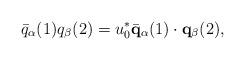
LaTeX: \begin{align*}\bar{q}_{\alpha}(1) q_{\beta}(2) = u_{0}^{*} \bar{\bf q}_{\alpha}(1) \cdot{\bf q}_{\beta}(2),\end{align*}